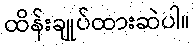
ထိန်းချုပ်ထားဆဲပါ။